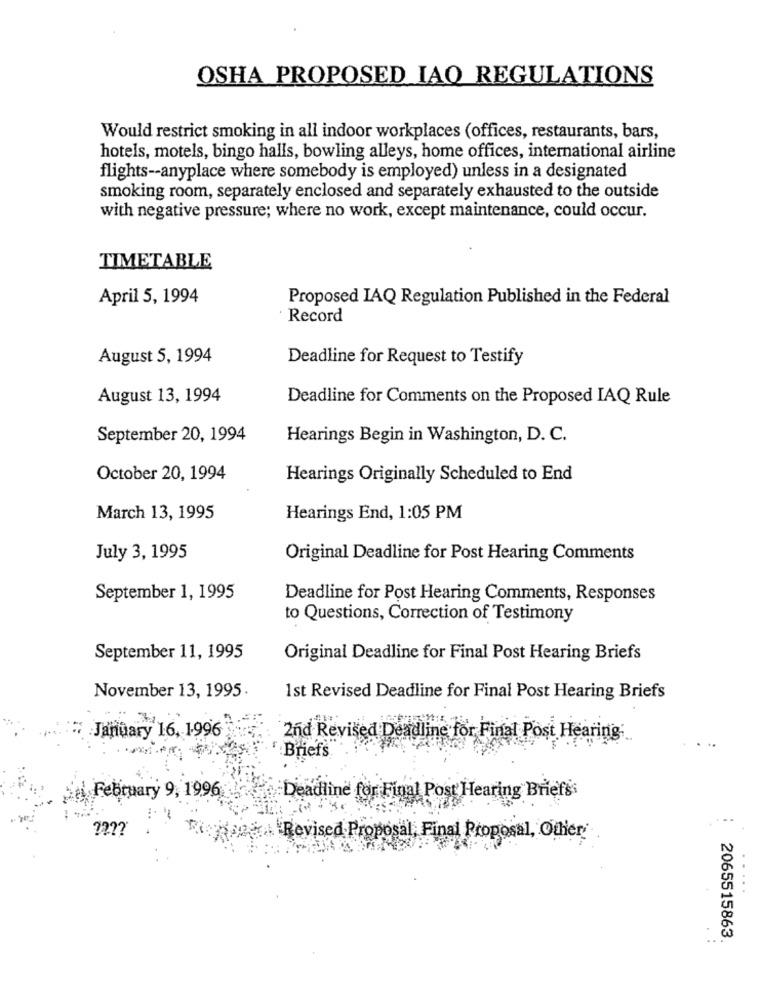
OSHA PROPOSED IAO REGULATIONS
Would restrict smoking in all indoor workplaces (offices, restaurants, bars,
hotels, motels, bingo halls, bowling alleys, home offices, international airline
flights -- anyplace where somebody is employed) unless in a designated
smoking room, separately enclosed and separately exhausted to the outside
with negative pressure; where no work, except maintenance, could occur.
TIMETABLE
April 5, 1994
Proposed IAQ Regulation Published in the Federal
Record
August 5, 1994
Deadline for Request to Testify
August 13, 1994
Deadline for Comments on the Proposed IAQ Rule
September 20, 1994
Hearings Begin in Washington, D. C.
October 20, 1994
Hearings Originally Scheduled to End
March 13, 1995
Hearings End, 1:05 PM
July 3, 1995
Original Deadline for Post Hearing Comments
September 1, 1995
Deadline for Post Hearing Comments, Responses
to Questions, Correction of Testimony
September 11, 1995
Original Deadline for Final Post Hearing Briefs
November 13, 1995
1st Revised Deadline for Final Post Hearing Briefs
January 16, 1996
2nd Revised Deadline for Final Post Hearing:
Briefs
Deadline for Final Post Hearing Briefss
February 9, 1996
Revised Proposal, Final Proposal, Other
..
2065515863